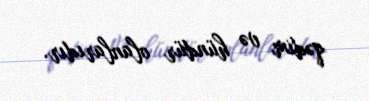
qədim və hündür olanlarıdır.